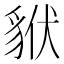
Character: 𧳂